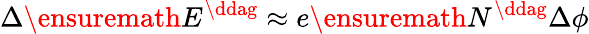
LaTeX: \Delta\ensuremath{E^{\ddag}}\approx e\ensuremath{N^{\ddag}}\Delta\phi